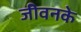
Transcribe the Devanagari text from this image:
जीवनके